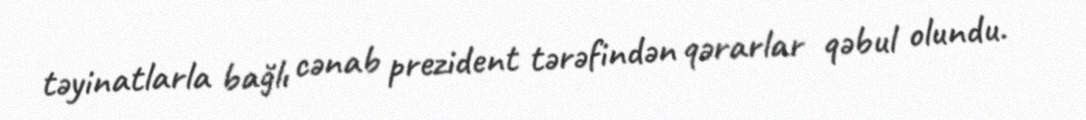
təyinatlarla bağlı cənab prezident tərəfindən qərarlar qəbul olundu.